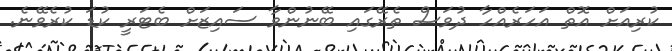
ކުރިއަށް އޮތް އަހަރެއްހާ ދުވަސް ތެރޭގައި ބޭނުންވާ ސައިޒަށް ބެޓަރީ ކުޑަ ކުރެވޭނެ.